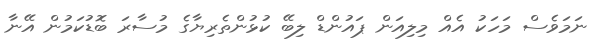
ނަމަވެސް މަހަކު އެއް މިލިއަން ޕައުންޑް ލިބޭ ކުޅުންތެރިޔާގެ މުސާރަ ބޮޑުކަމުން އޭނާ